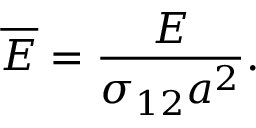
\overline { { E } } = \frac { E } { \sigma _ { 1 2 } a ^ { 2 } } .